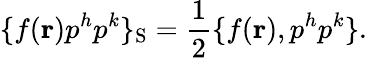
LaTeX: \{ f({\mathbf r})p^{h}p^{k}\} _{\mathrm{S}}={\frac{1}{2}}\{ f({\mathbf r}),p^{h}p^{k}\} .